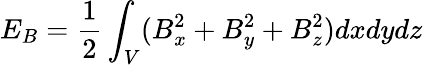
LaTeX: E_{B}=\frac{1}{2}\int_{V}(B_{x}^{2}+B_{y}^{2}+B_{z}^{2})dxdydz